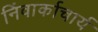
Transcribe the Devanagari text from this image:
निंवार्काचार्य